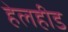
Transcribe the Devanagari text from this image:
हेलहीड